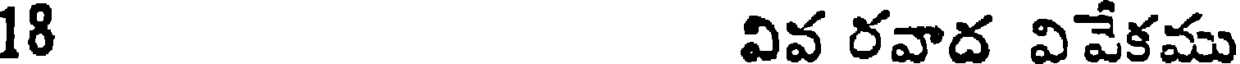
18 వివ రవాద వివేకము